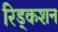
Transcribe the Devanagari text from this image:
रिड्कशन